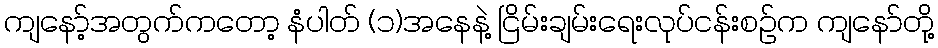
ကျနော့်အတွက်ကတော့ နံပါတ် (၁)အနေနဲ့ ငြိမ်းချမ်းရေးလုပ်ငန်းစဉ်က ကျနော်တို့